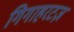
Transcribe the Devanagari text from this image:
गिगाहरटज़